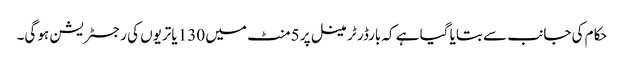
حکام کی جانب سے بتایا گیا ہے کہ بارڈر ٹرمینل پر 5 منٹ میں 130 یاتریوں کی رجسٹریشن ہو گی۔